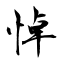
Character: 悼